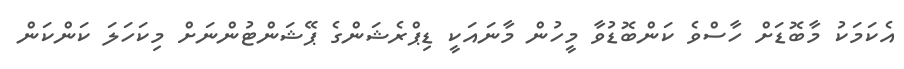
އެކަމަކު މާބޮޑަށް ހާސްވެ ކަންބޮޑުވާ މީހުން މާނައަކީ ޑިޕްރެޝަންގެ ޕޭޝަންޓުންނަށް މިކަހަލަ ކަންކަން